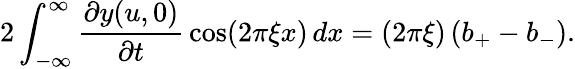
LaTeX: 2\int_{-\infty}^{\infty}{\frac{\partial y(u,0)}{\partial t}}\cos(2\pi\xi x)\, dx=(2\pi\xi)\left(b_{+}-b_{-}\right).